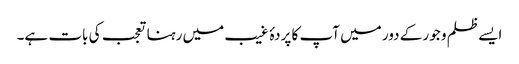
ایسے ظلم و جور کے دور میں آپ کا پردۂ غیب میں رہنا تعجب کی بات ہے۔